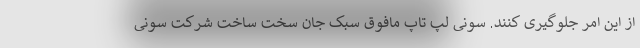
از این امر جلوگیری کنند. سونی لپ تاپ مافوق سبک جان سخت ساخت شرکت سونی